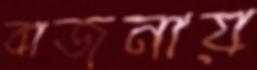
বাজনায়